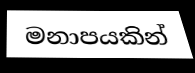
මනාපයකින්